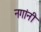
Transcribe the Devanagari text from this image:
नगांनी